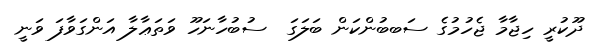
ދޫކުރީ ހިޖާމާ ޖެހުމުގެ ސަބބުންކަން ބަލަގަ  ސުބުހާނަހޫ ވަތަޢާލާ އަންގަވާފަ ވަނީ